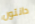
دانتون